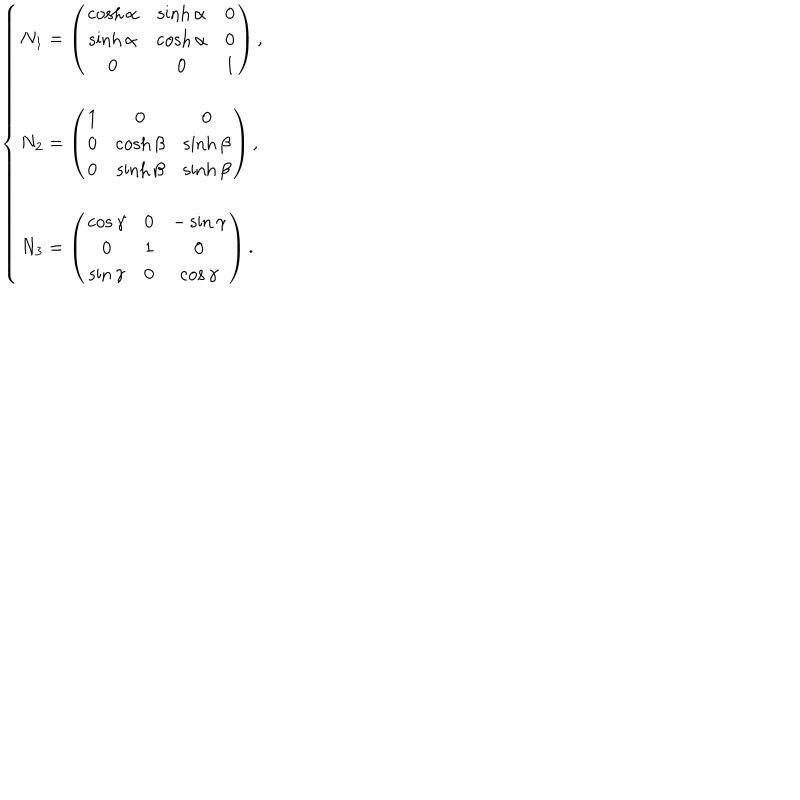
LaTeX: \left\{ \begin{array} { l } { { N _ { 1 } = \left( \begin{array} { c c c } { { \cosh \alpha } } & { { \sinh \alpha } } & { { 0 } } \\ { { \sinh \alpha } } & { { \cosh \alpha } } & { { 0 } } \\ { { 0 } } & { { 0 } } & { { 1 } } \\ \end{array} \right) , } } \\ { { N _ { 2 } = \left( \begin{array} { c c c } { { 1 } } & { { 0 } } & { { 0 } } \\ { { 0 } } & { { \cosh \beta } } & { { \sinh \beta } } \\ { { 0 } } & { { \sinh \beta } } & { { \sinh \beta } } \\ \end{array} \right) , } } \\ { { N _ { 3 } = \left( \begin{array} { c c c } { { \cos \gamma } } & { { 0 } } & { { - \sin \gamma } } \\ { { 0 } } & { { 1 } } & { { 0 } } \\ { { \sin \gamma } } & { { 0 } } & { { \cos \gamma } } \\ \end{array} \right) . } } \\ \end{array} \right.